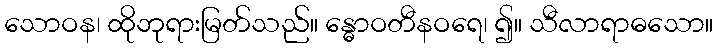
သောဝန၊ ထိုဘုရားမြတ်သည်။ န္ဓောဝတီနဝရေ၊ ၍။ သီလာရာဓသော။